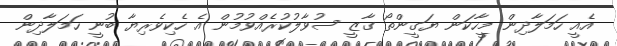
އެއީ ހަމަލާދިން މީހާކަން ޔަގީންތޯ ގާޒީ ސުވާލުކުރެއްވުމުން އެ ހެކިވެރިޔާ ބުނީ ހަމަލާދިން